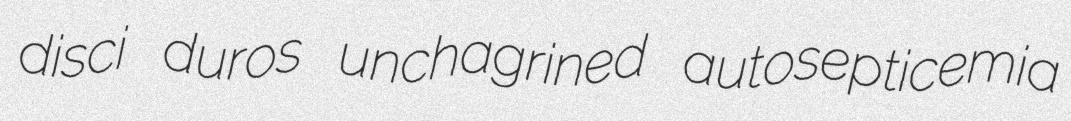
disci duros unchagrined autosepticemia